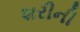
શરીની